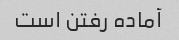
آماده رفتن است